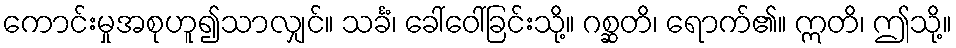
ကောင်းမှုအစုဟူ၍သာလျှင်။ သင်္ခံ၊ ခေါ်ဝေါ်ခြင်းသို့။ ဂစ္ဆတိ၊ ရောက်၏။ ဣတိ၊ ဤသို့။